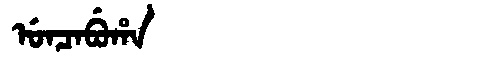
Manchu: ᡠᠨᠴᠠᠪᡠᡥᠠ
Romanization: UNCABUHA